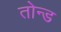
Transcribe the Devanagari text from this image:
तोन्ड